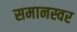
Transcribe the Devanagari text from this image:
समानस्वर